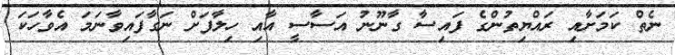
ނެތް ކަމަށާއި ރައްޔިތުންގެ ފައިސާ ގާނޫނު އަސާސީ އާއި ހިލާފަށް ނަގާފައިވާނަމަ އެވާހަކަ